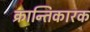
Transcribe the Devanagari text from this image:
क्रान्तिकारक